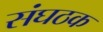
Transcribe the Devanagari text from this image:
संघठक